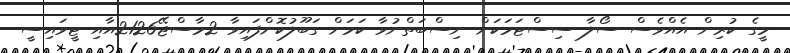
މީގެ ކުރިން އެއްވެސް ސޯލާ ސިސްޓަމަކަށް ނިސްބަތްނުވާ ކަމަށް ގަބޫލުކޮށްފައިވާ 2މާސްޖޭ2126އާއި ޓީވައިސީ